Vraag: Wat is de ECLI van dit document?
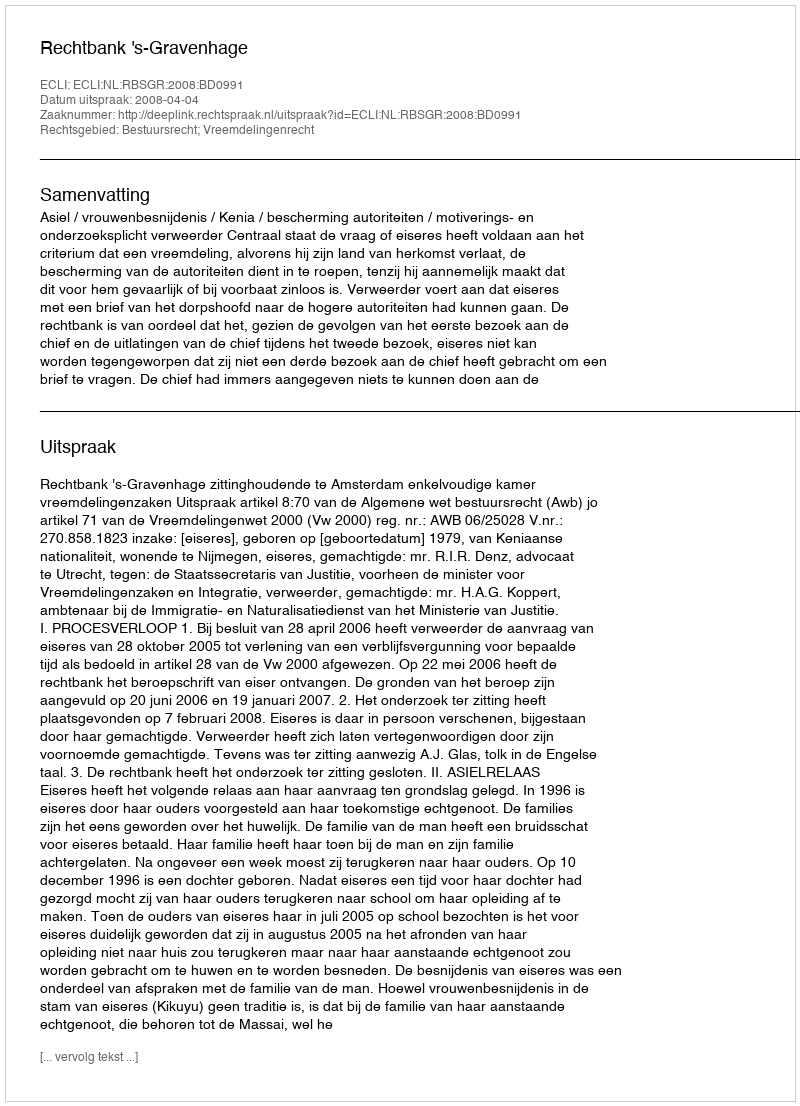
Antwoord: ECLI:NL:RBSGR:2008:BD0991